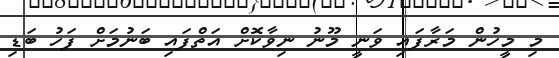
މި މީހުން މަރާފައި ވަނީ މޫނު ނިވާކޮށް އަތްފައި ބަނުމަށް ފަހު ބަޑި